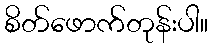
စိတ်ဖောက်တုန်းပါ။